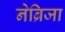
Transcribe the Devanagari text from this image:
नेब्रिजा